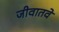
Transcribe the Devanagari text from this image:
जीवातवे